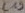
Text: C19